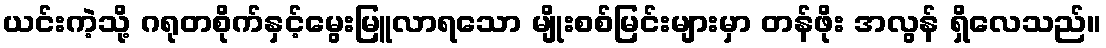
ယင်းကဲ့သို့ ဂရုတစိုက်နှင့်မွေးမြူလာရသော မျိုးစစ်မြင်းများမှာ တန်ဖိုး အလွန် ရှိလေသည်။